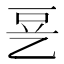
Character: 㐙